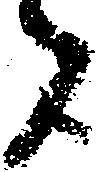
者